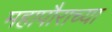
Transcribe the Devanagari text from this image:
महापौराच्या